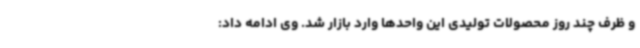
و ظرف چند روز محصولات تولیدی این واحدها وارد بازار شد. وی ادامه داد: